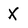
Character: X